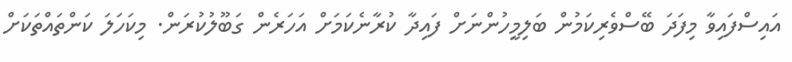
އައިސްފައިވާ މިފަދަ ބޭސްވެރިކަމުން ބަލިމީހުންނަށް ފައިދާ ކުރާނެކަމަށް އަހަރެން ގަބޫލުކުރަން. މިކަހަލަ ކަންތައްތަކަށް